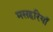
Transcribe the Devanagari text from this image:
मसहरियाँ